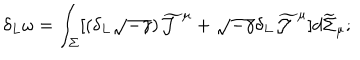
\delta _ { L } \omega = \int _ { \Sigma } [ ( \delta _ { L } \sqrt { - \gamma } ) \widetilde { \cal J } ^ { \mu } + \sqrt { - \gamma } \delta _ { L } \widetilde { \cal J } ^ { \mu } ] d \widetilde { \Sigma } _ { \mu } ;